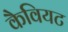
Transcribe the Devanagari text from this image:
कैवियट